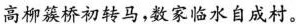
高柳簇桥初转马，数家临水自成村。